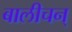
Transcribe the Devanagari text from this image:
बालीचन्